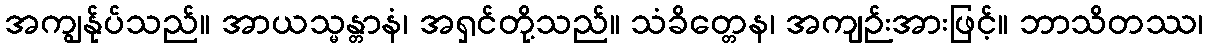
အကျွန်ုပ်သည်။ အာယသ္မန္တာနံ၊ အရှင်တို့သည်။ သံခိတ္တေန၊ အကျဉ်းအားဖြင့်။ ဘာသိတဿ၊